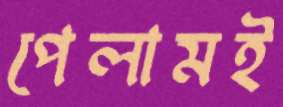
পেলামই